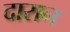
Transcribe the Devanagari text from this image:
दारान